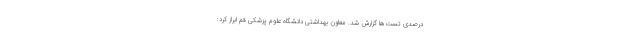
درصدی تست‌ها گزارش شد. معاون بهداشتی دانشگاه علوم پزشکی قم ابراز کرد: